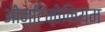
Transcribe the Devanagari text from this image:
ॲोन्टिमोनियम